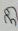
Text: 39